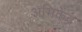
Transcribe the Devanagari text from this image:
अभिकेंद्र